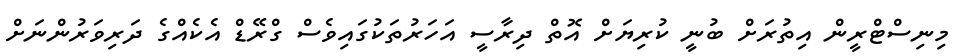
މިނިސްޓްރީން އިތުރަށް ބުނީ ކުރިޔަށް އޮތް ދިރާސީ އަހަރުތަކުގައިވެސް ގްރޭޑް އެކެއްގެ ދަރިވަރުންނަށް